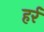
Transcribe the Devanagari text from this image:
हर्र